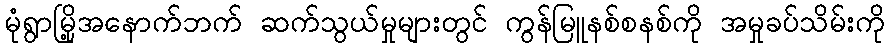
မုံရွာမြို့အနောက်ဘက် ဆက်သွယ်မှုများတွင် ကွန်မြူနစ်စနစ်ကို အမှုခပ်သိမ်းကို